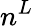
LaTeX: n^{L}